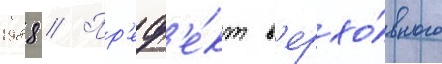
1988 // Пр'еф'е́кт в'ерхо́вного